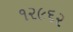
૧૨૯૬૨